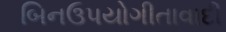
બિનઉપયોગીતાવાદી